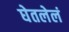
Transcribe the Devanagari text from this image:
घेतलेलं